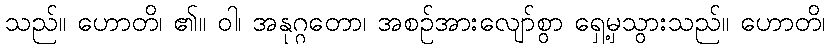
သည်။ ဟောတိ၊ ၏။ ဝါ၊ အနုဂ္ဂတော၊ အစဉ်အားလျော်စွာ ရှေ့မှသွားသည်။ ဟောတိ၊